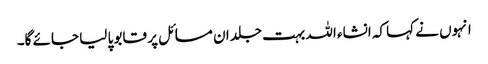
انہوں نے کہا کہ انشاء اللہ بہت جلد ان مسائل پر قابو پا لیا جائے گا۔